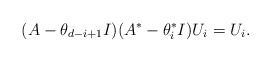
\begin{align*}(A-\theta_{d-i+1}I)(A^*-\theta^*_iI) U_{i} = U_{i}.\end{align*}